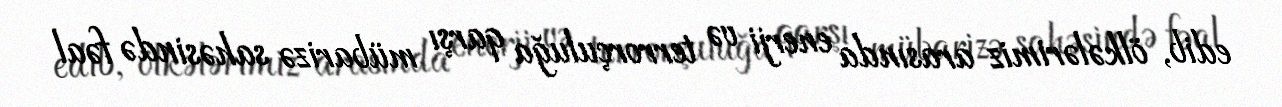
edib, ölkələrimiz arasında enerji və terrorçuluğa qarşı mübarizə sahəsində fəal